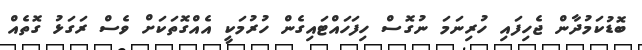
ބޮޑުކަމުދާން ޖެހިފައި ހުރިނަމަ ނުގޮސް ހިފަހައްޓައިގެން ހުރުމަކީ އެއްގޮތަކަށް ވެސް ރަގަޅު ގޮތެއް